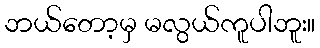
ဘယ်တော့မှ မလွယ်ကူပါဘူး။